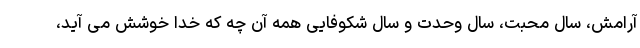
آرامش، سال محبت، سال وحدت و سال شکوفایی همه آن چه که خدا خوشش می آید،